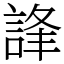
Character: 𧧽